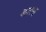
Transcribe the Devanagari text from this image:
यज्ञाश्व